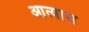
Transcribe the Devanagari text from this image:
आत्यास